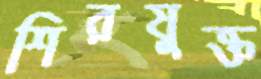
শিরযুক্ত